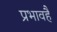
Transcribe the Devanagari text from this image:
प्रभावहै